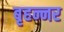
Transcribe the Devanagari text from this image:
बृहन्नर